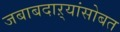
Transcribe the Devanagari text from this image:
जबाबदाऱ्यांसोबत